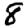
Digit: 8